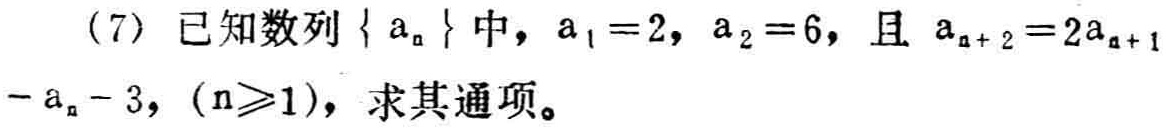
(7) 已知数列\(\{ a_{n}\}\)中，\(a_{1}=2\)，\(a_{2}=6\)，且\(a_{n + 2}=2a_{n + 1}-a_{n}-3\)，\((n\geqslant1)\)，求其通项。